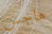
هاجس